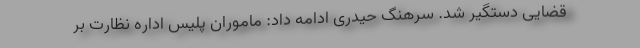
قضایی دستگیر شد. سرهنگ حیدری ادامه داد: ماموران پلیس اداره نظارت بر